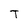
Character: T